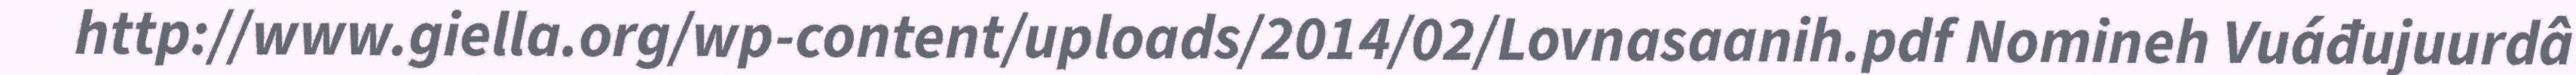
http://www.giella.org/wp-content/uploads/2014/02/Lovnasaanih.pdf Nomineh Vuáđujuurdâ